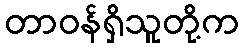
တာဝန်ရှိသူတို့က